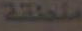
منطقة